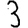
Digit: 3